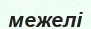
межелі